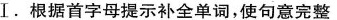
Ⅰ.根据首字母提示补全单词,使句意完整